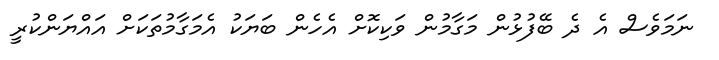
ނަމަވެސް އެ ދެ ބޭފުޅުން މަގާމުން ވަކިކޮށް އެހެން ބަޔަކު އެމަގާމުތަކަށް އައްޔަންކުރީ